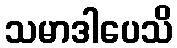
သမာဒါပေသိ